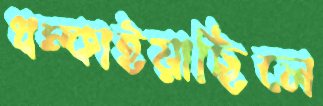
ধম্‌কাইয়াছিলে